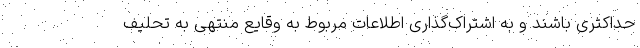
حداکثری باشند و به اشتراک‌گذاری اطلاعات مربوط به وقایع منتهی به تحلیف